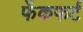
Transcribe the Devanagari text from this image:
फेंकफर्ट